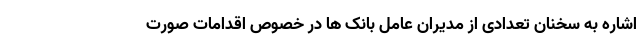
اشاره به سخنان تعدادی از مدیران عامل بانک ها در خصوص اقدامات صورت